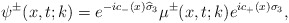
\begin{align*}\psi^\pm(x,t;k)=e^{-ic_-(x)\widehat{\sigma}_3}\mu^\pm(x,t;k)e^{ic_+(x)\sigma_3},\end{align*}